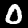
Digit: 0